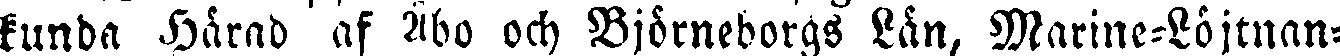
kunda Härad af Åbo och Björneborgs Län, Marine-Löjtnan-